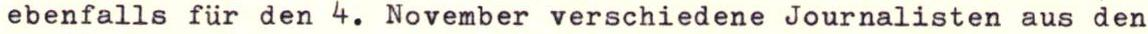
ebenfalls für den 4. November verschiedene Journalisten aus den